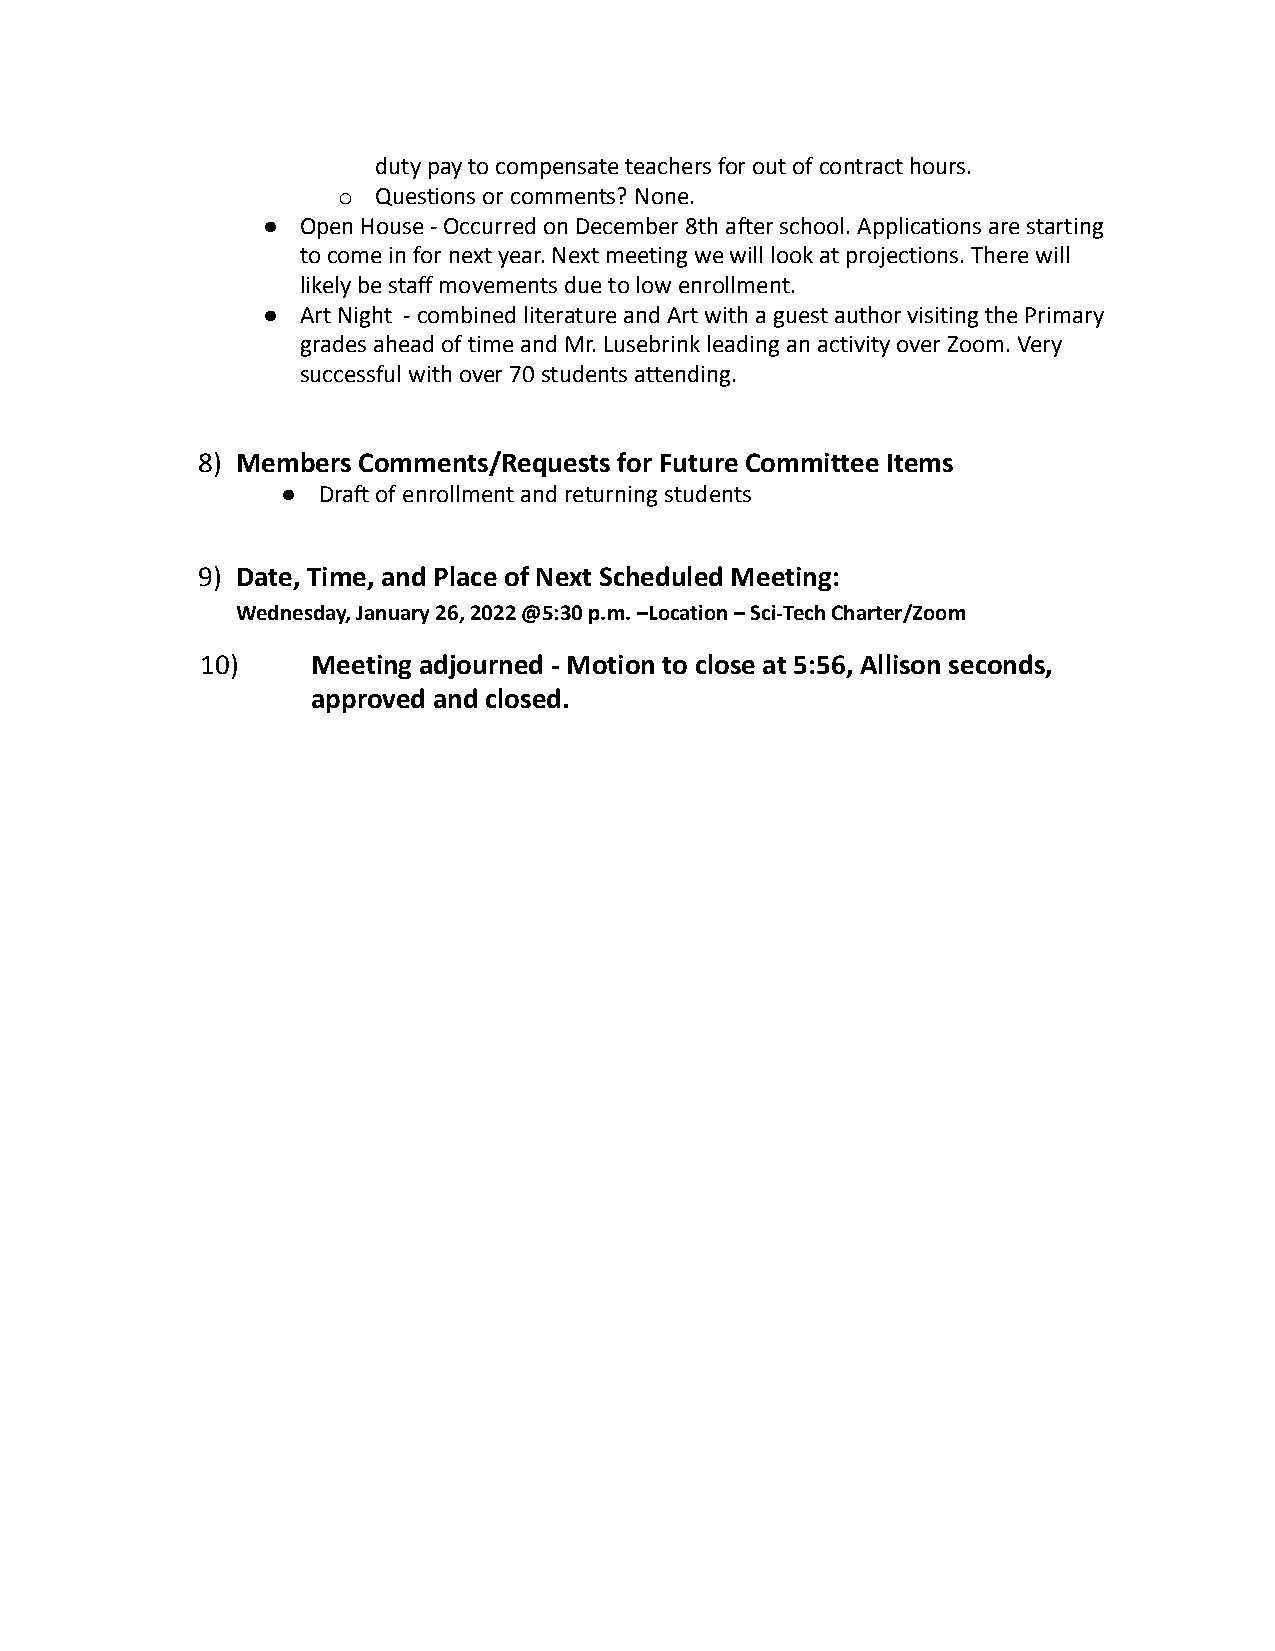
duty pay to compensate teachers for out of contract hours.
 o  Questions or comments? None.
 ●  Open House - Occurred on December 8th after school. Applications are starting
 to come in for next year. Next meeting we will look at projections. There will
 likely be staff movements due to low enrollment.
 ●  Art Night - combined literature and Art with a guest author visiting the Primary
 grades ahead of time and Mr. Lusebrink leading an activity over Zoom. Very
 successful with over 70 students attending.
 8) Members Comments/Requests for Future Committee Items
 ● Draft of enrollment and returning students
 9) Date, Time, and Place of Next Scheduled Meeting:
 Wednesday, January 26, 2022 @5:30 p.m. –Location – Sci-Tech Charter/Zoom
 10)     Meeting adjourned - Motion to close at 5:56, Allison seconds,
 approved and closed.